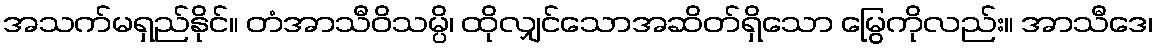
အသက်မရှည်နိုင်။ တံအာသီဝိသမ္ပိ၊ ထိုလျှင်သောအဆိတ်ရှိသော မြွေကိုလည်း။ အာသီဒေ၊